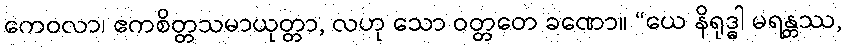
ကေဝလာ၊ ဧကစိတ္တသမာယုတ္တာ, လဟု သော ဝတ္တတေ ခဏော။ “ယေ နိရုဒ္ဓါ မရန္တဿ,